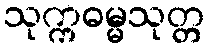
သုက္ကဓမ္မသုတ္တ